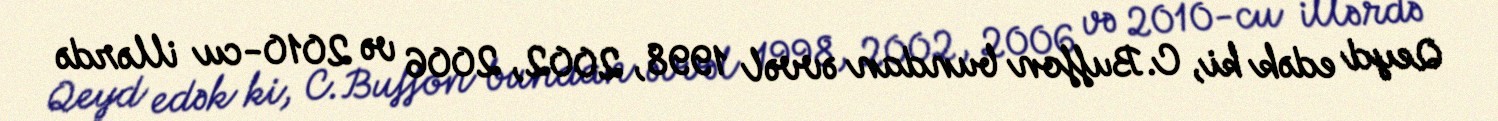
Qeyd edək ki, C.Buffon bundan əvvəl 1998, 2002, 2006 və 2010-cu illərdə